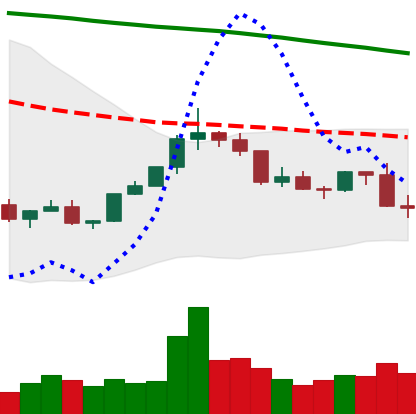
Ticker: XLM-USD
Chart end date: 2022-02-18
Forward return: -9.497%
Label: down_7plus